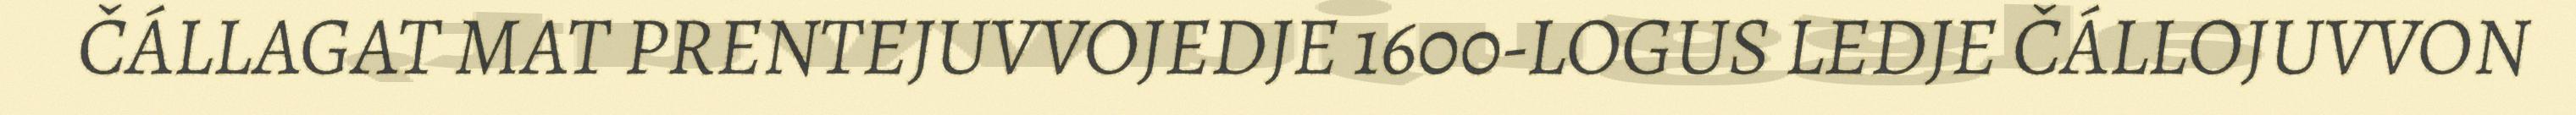
ČÁLLAGAT MAT PRENTEJUVVOJEDJE 1600-LOGUS LEDJE ČÁLLOJUVVON